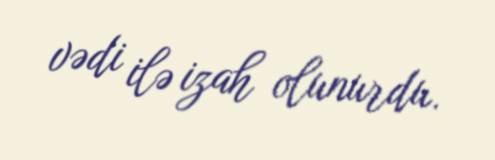
vədi ilə izah olunurdu.